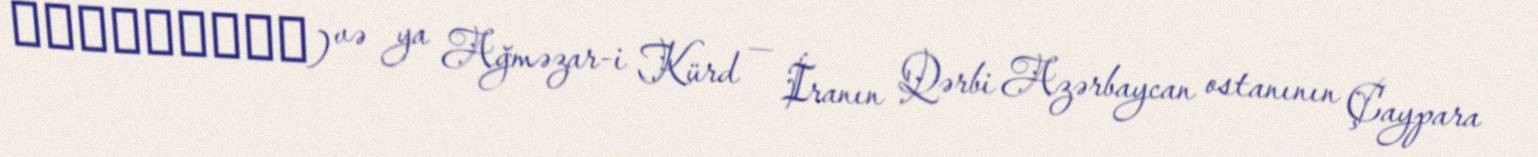
اغمزاركرد) və ya Ağməzar-i Kürd — İranın Qərbi Azərbaycan ostanının Çaypara